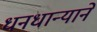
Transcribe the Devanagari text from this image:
धनधान्याने